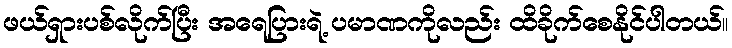
ဖယ်ရှားပစ်လိုက်ပြီး အရေပြားရဲ့ ပမာဏကိုလည်း ထိခိုက်စေနိုင်ပါတယ်။